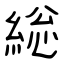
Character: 総